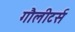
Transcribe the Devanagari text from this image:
गौलीटर्स